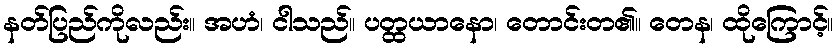
နတ်ပြည်ကိုလည်း။ အဟံ၊ ငါသည်။ ပတ္ထယာနော၊ တောင်းတ၏။ တေန၊ ထိုကြောင့်။